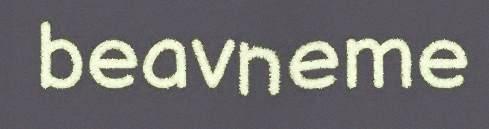
beavneme